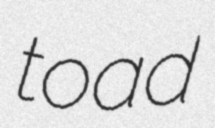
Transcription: toad